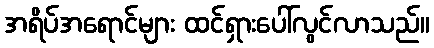
အရိပ်အရောင်များ ထင်ရှားပေါ်လွင်လာသည်။